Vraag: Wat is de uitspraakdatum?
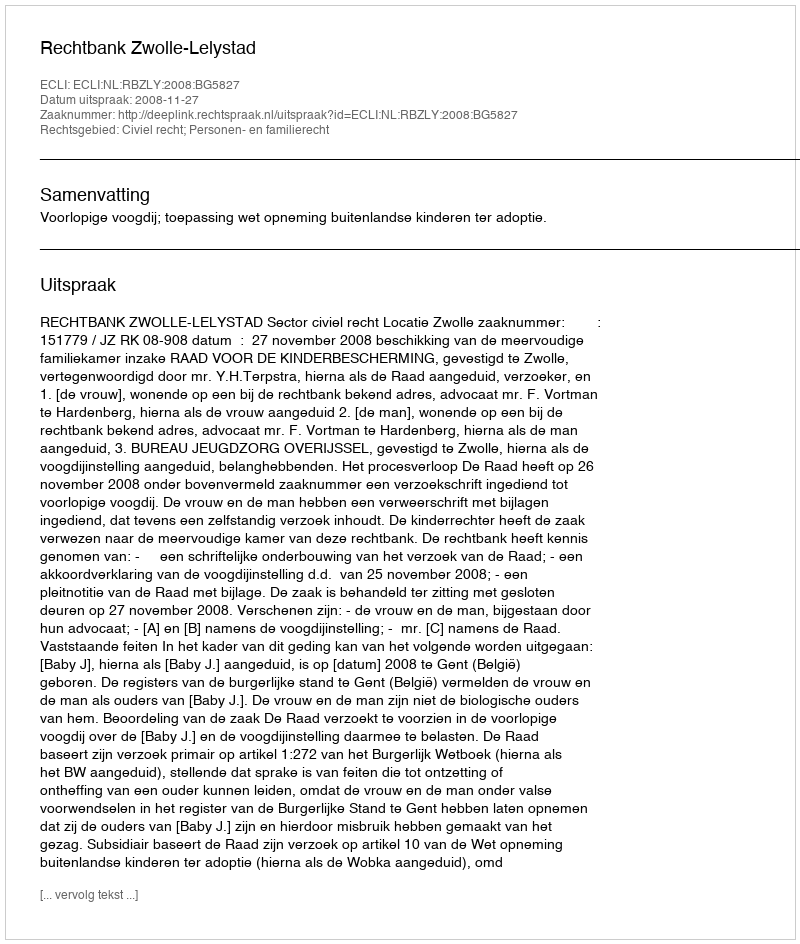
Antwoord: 2008-11-27